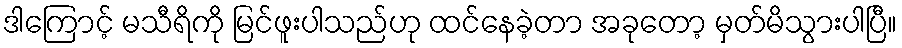
ဒါကြောင့် မသီရိကို မြင်ဖူးပါသည်ဟု ထင်နေခဲ့တာ အခုတော့ မှတ်မိသွားပါပြီ။